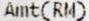
AMT(RM)